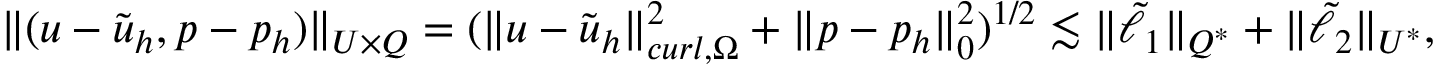
\| ( \boldsymbol { u } - \tilde { \boldsymbol { u } } _ { h } , \boldsymbol { p } - \boldsymbol { p } _ { h } ) \| _ { \boldsymbol { U } \times \boldsymbol { Q } } = ( \| \boldsymbol { u } - \tilde { \boldsymbol { u } } _ { h } \| _ { c u r l , \Omega } ^ { 2 } + \| \boldsymbol { p } - \boldsymbol { p } _ { h } \| _ { 0 } ^ { 2 } ) ^ { 1 / 2 } \lesssim \| \tilde { \ell } _ { 1 } \| _ { \boldsymbol { Q } ^ { * } } + \| \tilde { \ell } _ { 2 } \| _ { \boldsymbol { U } ^ { * } } ,